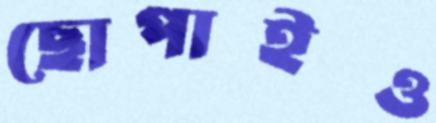
ছোপাইও